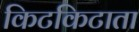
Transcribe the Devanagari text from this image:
किटकिटाता